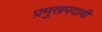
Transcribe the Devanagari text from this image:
प्रमुखपदाची